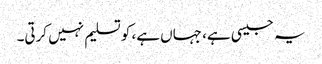
یہ جیسی ہے، جہاں ہے، کو تسلیم نہیں کرتی۔